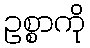
ဥစ္စာကို